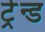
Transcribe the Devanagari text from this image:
ट्रेन्ड